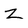
Character: z